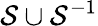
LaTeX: \mathcal{S}\cup\mathcal{S}^{-1}